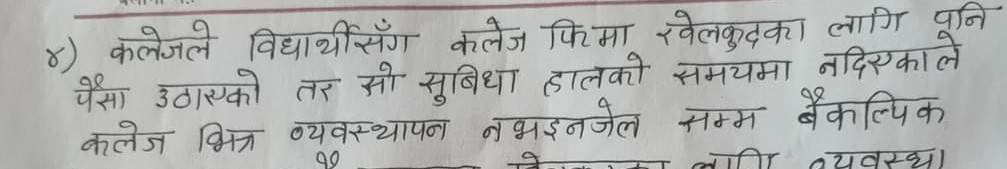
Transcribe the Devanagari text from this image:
४) कलेजले विद्यार्थीसँग कलेज फिमा खेलकुदका लागि पनि पैसा उठाएको तर सो सुविधा हालको समयमा नदिएकाले कलेज भित्र व्यवस्थापन नभइनजेल सम्म वैकल्पिक व्यवस्था